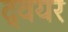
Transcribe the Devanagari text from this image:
द्वयर